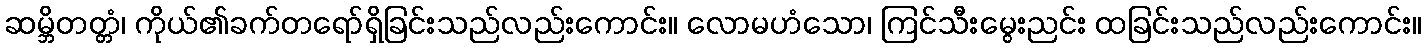
ဆမ္ဘိတတ္တံ၊ ကိုယ်၏ခက်တရော်ရှိခြင်းသည်လည်းကောင်း။ လောမဟံသော၊ ကြင်သီးမွေးညင်း ထခြင်းသည်လည်းကောင်း။